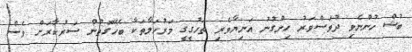
ބުޝް ހުންނެވި ދުވަސްވަރު ހިންގުނު އަނިޔާވެރި ތަހުގީގީ މަރުހަލާތަކާ ބެހޭގޮތުން ސަރުކާރަށް ވެސް